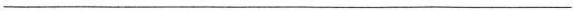
___